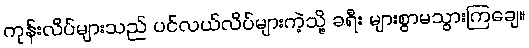
ကုန်းလိပ်များသည် ပင်လယ်လိပ်များကဲ့သို့ ခရီး များစွာမသွားကြချေ။